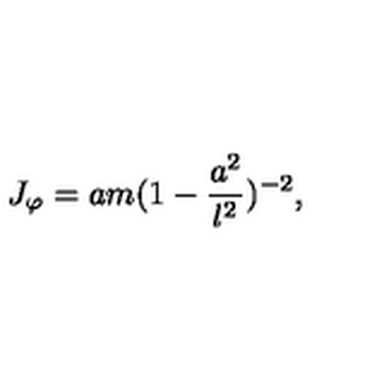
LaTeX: J _ { \varphi } = a m ( 1 - \frac { a ^ { 2 } } { l ^ { 2 } } ) ^ { - 2 } ,